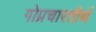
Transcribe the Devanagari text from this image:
गोप्रचारतीर्थ